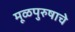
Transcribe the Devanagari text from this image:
मूळपुरुषाचे